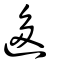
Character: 迻